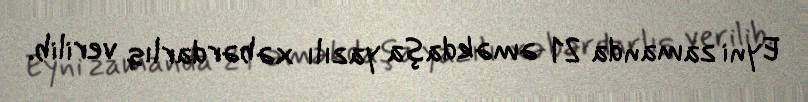
Eyni zamanda 21 əməkdaşa yazılı xəbərdarlıq verilib.